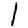
Digit: 1